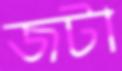
জটা